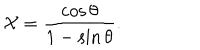
LaTeX: { \cal X } = \frac { \cos \theta } { 1 - \sin \theta } .